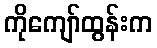
ကိုကျော်ထွန်းက